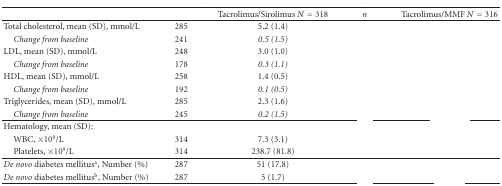
<table><thead><tr><td>[EMPTY_CELL]</td><td>[EMPTY_CELL]</td><td><b>Tacrolimus/Sirolimus <i>N</i> = 318</b></td><td><b><i>n</i></b></td><td><b>Tacrolimus/MMF <i>N</i> = 316</b></td></tr></thead><tbody><tr><td>Total cholesterol, mean (SD), mmol/L</td><td>285</td><td>5.2 (1.4)</td><td>[EMPTY_CELL]</td><td>[EMPTY_CELL]</td></tr><tr><td> <i>Change from baseline </i></td><td>241</td><td><i>0.5 (1.5)</i></td><td>[EMPTY_CELL]</td><td>[EMPTY_CELL]</td></tr><tr><td>LDL, mean (SD), mmol/L</td><td>248</td><td>3.0 (1.0)</td><td>[EMPTY_CELL]</td><td>[EMPTY_CELL]</td></tr><tr><td> <i>Change from baseline </i></td><td>178</td><td><i>0.3 (1.1)</i></td><td>[EMPTY_CELL]</td><td>[EMPTY_CELL]</td></tr><tr><td>HDL, mean (SD), mmol/L</td><td>258</td><td>1.4 (0.5)</td><td>[EMPTY_CELL]</td><td>[EMPTY_CELL]</td></tr><tr><td> <i>Change from baseline </i></td><td>192</td><td><i>0.1 (0.5)</i></td><td>[EMPTY_CELL]</td><td>[EMPTY_CELL]</td></tr><tr><td>Triglycerides, mean (SD), mmol/L</td><td>285</td><td>2.3 (1.6)</td><td>[EMPTY_CELL]</td><td>[EMPTY_CELL]</td></tr><tr><td> <i>Change from baseline </i></td><td>245</td><td><i>0.2 (1.5)</i></td><td>[EMPTY_CELL]</td><td>[EMPTY_CELL]</td></tr><tr><td>Hematology, mean (SD):</td><td>[EMPTY_CELL]</td><td>[EMPTY_CELL]</td><td>[EMPTY_CELL]</td><td>[EMPTY_CELL]</td></tr><tr><td> WBC, ×10<sup>9</sup>/L</td><td>314</td><td>7.3 (3.1)</td><td>[EMPTY_CELL]</td><td>[EMPTY_CELL]</td></tr><tr><td> Platelets, ×10<sup>9</sup>/L</td><td>314</td><td>238.7 (81.8)</td><td>[EMPTY_CELL]</td><td>[EMPTY_CELL]</td></tr><tr><td><i>De novo</i> diabetes mellitus<sup>a</sup>, Number (%)</td><td>287</td><td>51 (17.8)</td><td>[EMPTY_CELL]</td><td>[EMPTY_CELL]</td></tr><tr><td><i>De novo</i> diabetes mellitus<sup>b</sup>, Number (%)</td><td>287</td><td>5 (1.7)</td><td>[EMPTY_CELL]</td><td>[EMPTY_CELL]</td></tr></tbody></table>